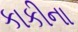
કાકીના